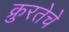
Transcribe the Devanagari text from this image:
क्रुरतेचे